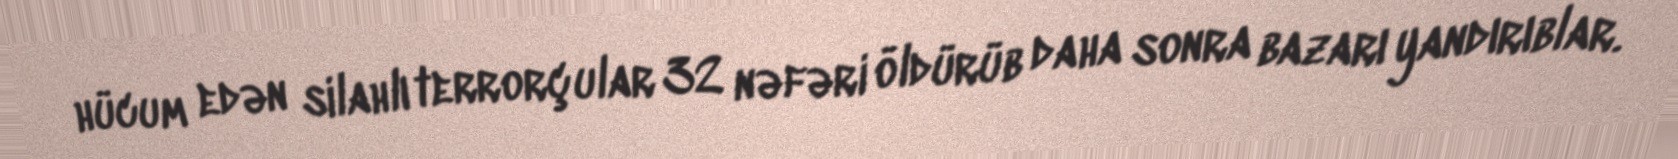
hücum edən silahlı terrorçular 32 nəfəri öldürüb daha sonra bazarı yandırıblar.